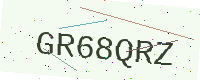
Text: GR68QRZ